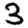
Digit: 3